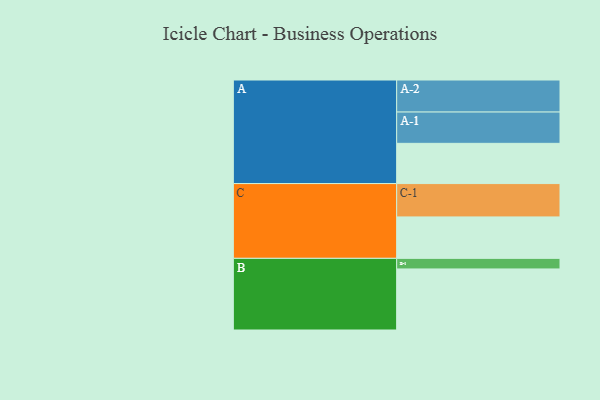
{"axis": {"x": "Segment", "y": "Value"}, "legend": ["", "A", "B", "C"], "data": [{"x": "A", "y": 334, "type": ""}, {"x": "B", "y": 507, "type": ""}, {"x": "C", "y": 344, "type": ""}, {"x": "A-1", "y": 260, "type": "A"}, {"x": "A-2", "y": 266, "type": "A"}, {"x": "B-1", "y": 88, "type": "B"}, {"x": "C-1", "y": 277, "type": "C"}]}